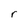
Character: r